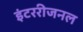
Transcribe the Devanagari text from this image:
इंटररीजनल